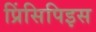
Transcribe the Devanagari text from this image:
प्रिंसिपिइस